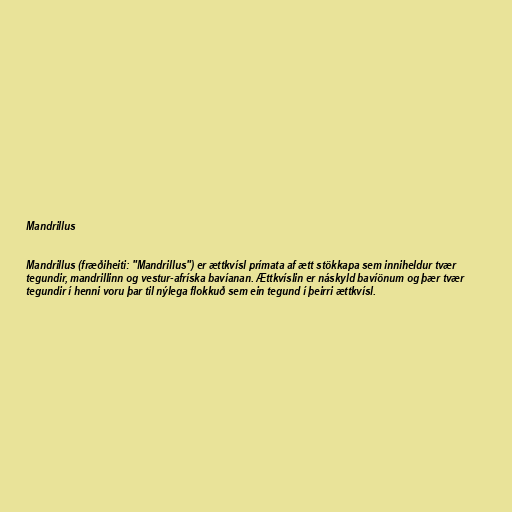
Mandrillus

Mandrillus (fræðiheiti: "Mandrillus") er ættkvísl prímata af ætt stökkapa sem inniheldur tvær
tegundir, mandrillinn og vestur-afríska bavíanan. Ættkvíslin er náskyld bavíönum og þær tvær
tegundir í henni voru þar til nýlega flokkuð sem ein tegund í þeirri ættkvísl.